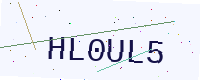
Text: HL0UL5